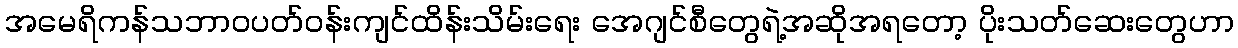
အမေရိကန်သဘာဝပတ်ဝန်းကျင်ထိန်းသိမ်းရေး အေဂျင်စီတွေရဲ့အဆိုအရတော့ ပိုးသတ်ဆေးတွေဟာ